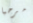
مرحبا